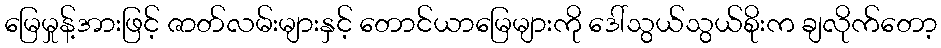
မြေမှုန့်အားဖြင့် ဇာတ်လမ်းများနှင့် တောင်ယာမြေများကို ဒေါ်သွယ်သွယ်စိုးက ချလိုက်တော့